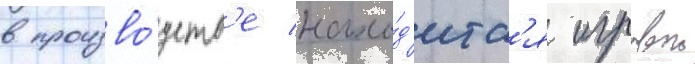
в произво́дств'е нахо́д'итс'я игровои